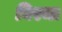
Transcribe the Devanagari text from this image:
बिरमा